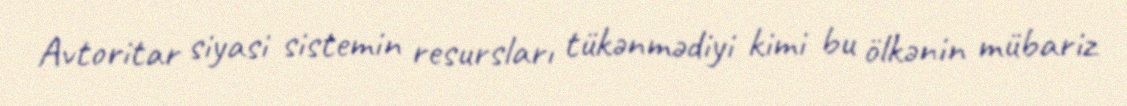
Avtoritar siyasi sistemin resursları tükənmədiyi kimi bu ölkənin mübariz